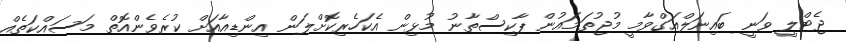
ޖެޓްލީ ވަނީ ބައިނަލްއަގްވާމީ މުޖުތަމައުން ޕާކިސްތާނު މުޅިން އެކަހެރިކޮށްލަން އިންޑިއާއަށް ކުރެވެންއޮތް މަސައްކަތެއް